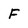
Character: F